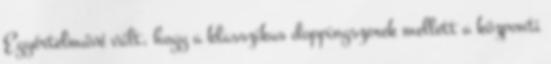
Egyértelművé vált, hogy a klasszikus doppingszerek mellett a központi